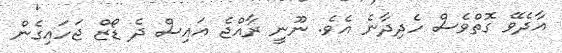
އާދެވޭ ގޮތްވެސް ހެދިދާނެ އެވެ. ނޫނީ ރާއްޖެ އައިސް ދެ ޑޯޒް ޖަހައިގެން